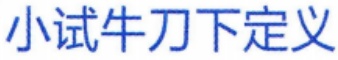
小试牛刀下定义